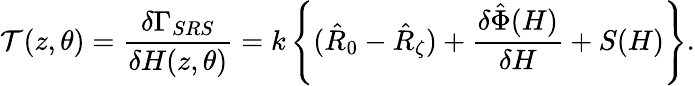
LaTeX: {\cal T}(z,\theta)=\frac{\delta\Gamma_{SRS}}{\delta H(z,\theta)}=k\left\{ (\hat{R}_{0}-\hat{R}_{\zeta})+\frac{\delta\hat{\Phi}(H)}{\delta H}+S(H)\right\} .